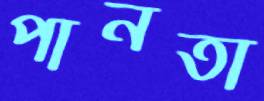
পানতা